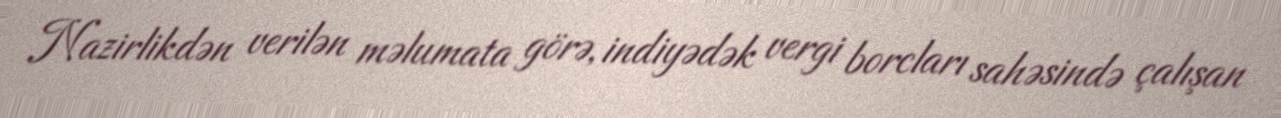
Nazirlikdən verilən məlumata görə, indiyədək vergi borcları sahəsində çalışan